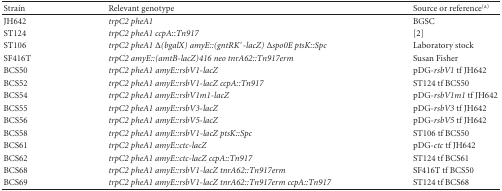
<table><thead><tr><td><b>Strain</b></td><td><b>Relevant genotype</b></td><td><b>Source or reference<sup>(a)</sup></b></td></tr></thead><tbody><tr><td>JH642</td><td><i>trpC2 pheA1</i></td><td>BGSC</td></tr><tr><td>ST124</td><td><i>trpC2 pheA1 ccpA</i>::<i>Tn917 </i></td><td> [2]</td></tr><tr><td>ST106</td><td><i>trpC2 pheA1 </i>Δ<i>(bgalX) amyE::(gntRK</i>′<i>-lacZ) </i>Δ<i>spo0E ptsK::Spc</i></td><td>Laboratory stock</td></tr><tr><td>SF416T</td><td><i>trpC2 amyE::(amtB-lacZ)416 neo tnrA62::Tn917erm</i></td><td>Susan Fisher</td></tr><tr><td>BCS50</td><td><i>trpC2 pheA1 amyE::rsbV1-lacZ</i></td><td>pDG-<i>rsbV1</i> tf JH642</td></tr><tr><td>BCS52</td><td><i>trpC2 pheA1 amyE::rsbV1-lacZ ccpA::Tn917</i></td><td>ST124 tf BCS50</td></tr><tr><td>BCS54</td><td><i>trpC2 pheA1 amyE::rsbV1m1-lacZ</i></td><td>pDG-<i>rsbV1m1</i> tf JH642</td></tr><tr><td>BCS55</td><td><i>trpC2 pheA1 amyE::rsbV3-lacZ</i></td><td>pDG-<i>rsbV3</i> tf JH642</td></tr><tr><td>BCS56</td><td><i>trpC2 pheA1 amyE::rsbV5-lacZ</i></td><td>pDG-<i>rsbV5</i> tf JH642</td></tr><tr><td>BCS58</td><td><i>trpC2 pheA1 amyE::rsbV1-lacZ ptsK::Spc</i></td><td>ST106 tf BCS50</td></tr><tr><td>BCS61</td><td><i>trpC2 pheA1 amyE::ctc-lacZ</i></td><td>pDG-<i>ctc</i> tf JH642</td></tr><tr><td>BCS62</td><td><i>trpC2 pheA1 amyE::ctc-lacZ ccpA::Tn917</i></td><td>ST124 tf BCS61</td></tr><tr><td>BCS68</td><td><i>trpC2 pheA1 amyE::rsbV1-lacZ tnrA62::Tn917erm</i></td><td>SF416T tf BCS50</td></tr><tr><td>BCS69</td><td><i>trpC2 pheA1 amyE::rsbV1-lacZ tnrA62::Tn917erm ccpA::Tn917</i></td><td>ST124 tf BCS68</td></tr></tbody></table>